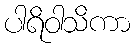
ပါရိဝါသိကာ